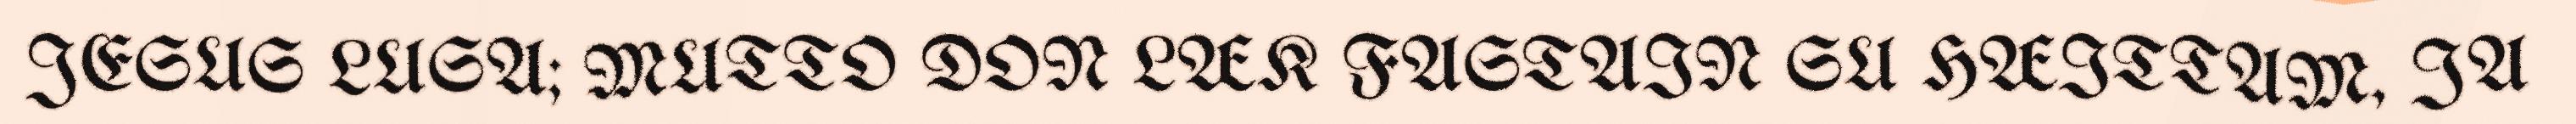
JESUS LUSA; MUTTO DON LÆK FASTAIN SU HÆITTAM, JA